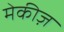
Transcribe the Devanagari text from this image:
मेकीज़